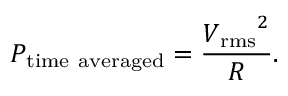
P _ { \mathrm { t i m e ~ a v e r a g e d } } = { \frac { { V _ { \mathrm { r m s } } } ^ { 2 } } { R } } .